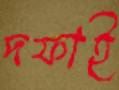
দফাই